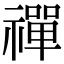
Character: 禪